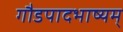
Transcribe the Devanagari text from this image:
गौडपादभाष्‍यम्